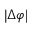
| \Delta \varphi |